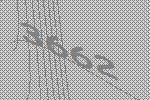
3662